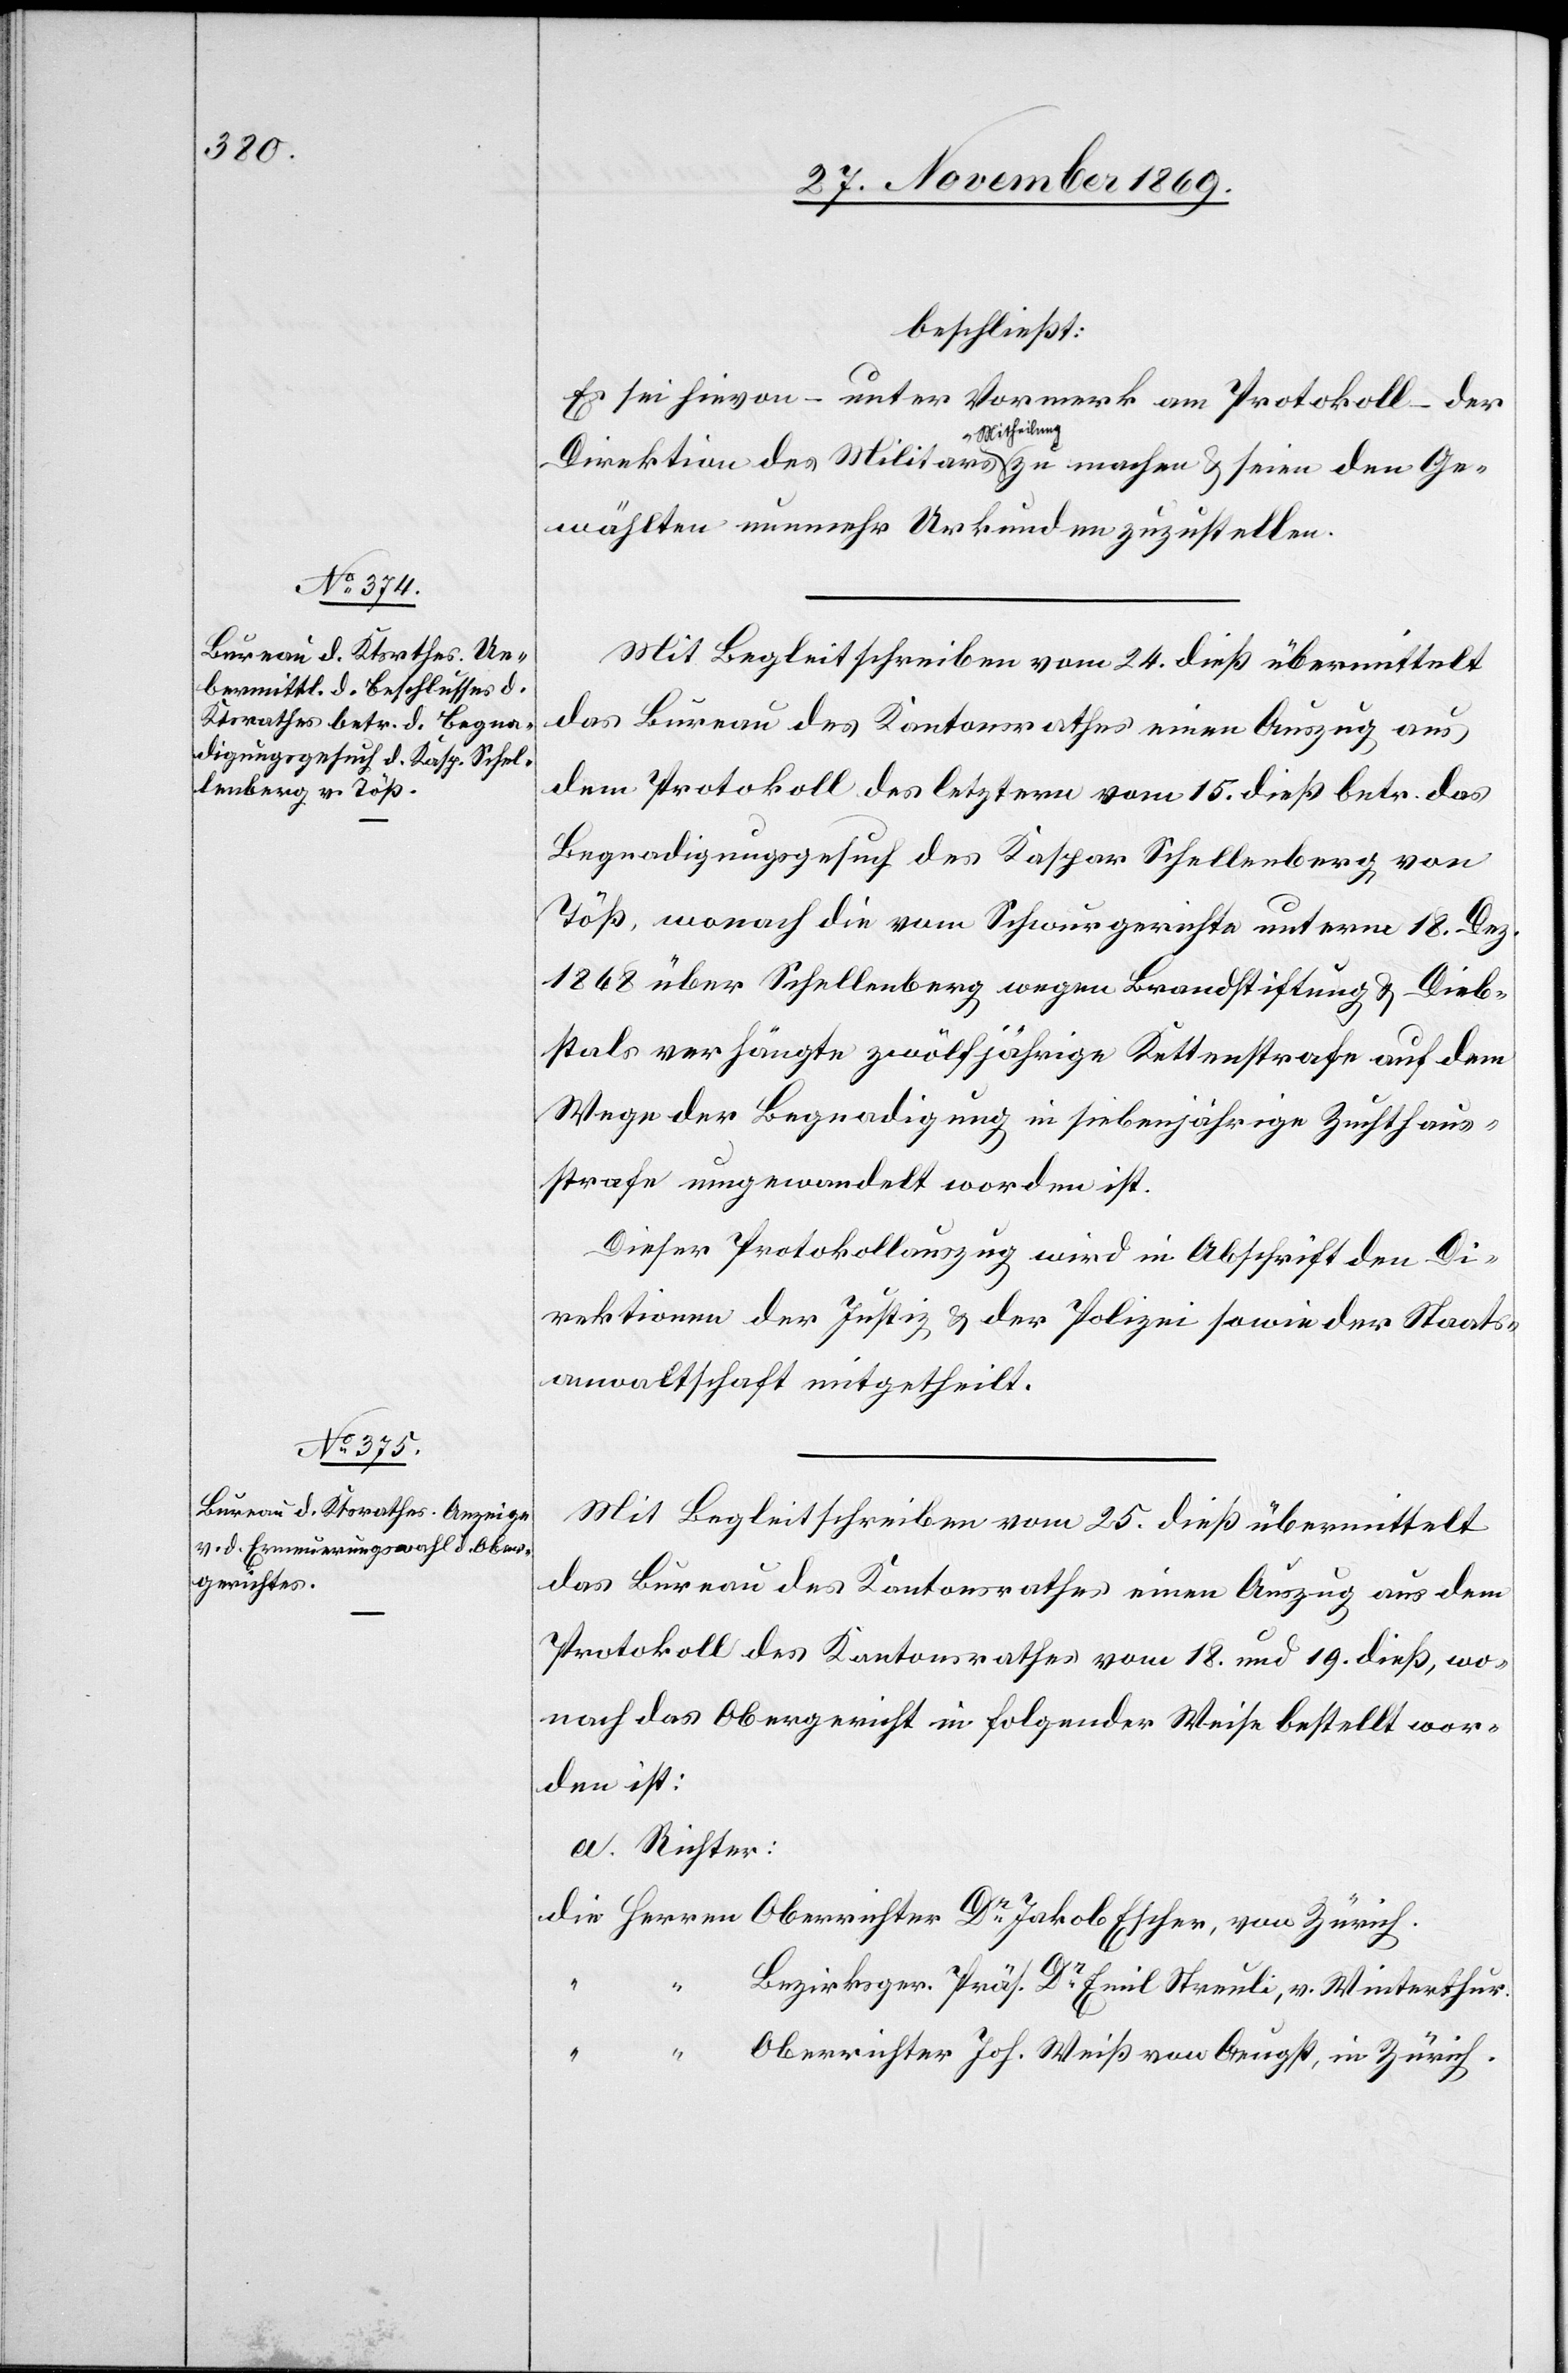
beschließt:
Es sei hievon – unter Vormerk am Protokoll – der
Direktion des Militärs Mit[t]heilung zu machen & seien den Ge¬
wählten nunmehr Urkunden zuzustellen.
Mit Begleitschreiben vom 24. dieß übermittelt
das Bureau des Kantonsrathes einen Auszug aus
dem Protokoll des letztern vom 15. dieß betr. das
Begnadigungsgesuch des Kaspar Schellenberg von
Töß, wonach die vom Schwurgerichte unterm 18. Dez.
1868 über Schellenberg wegen Brandstiftung & Dieb¬
stals verhängte zwölfjährige Kettenstrafe auf dem
Wege der Begnadigung in siebenjährige Zuchthaus¬
strafe umgewandelt worden ist.
Dieser Protokollauszug wird in Abschrift den Di¬
rektionen der Justiz & der Polizei sowie der Staats¬
anwaltschaft mitgetheilt.
Mit Begleitschreiben vom 25. dieß übermittelt
das Bureau des Kantonsrathes einen Auszug aus dem
Protokoll des Kantonsrathes vom 18. und 19. dieß, wo¬
nach das Obergericht in folgender Weise bestellt wor¬
den ist:
a. Richter:
die Herren Oberrichter Dr Jakob Escher, von Zürich.
Bezirksger. Präs. Dr Emil Streuli, v. Winterthur.
“ “ Oberrichter Joh. Weiß von Aeugst, in Zürich.